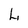
Character: L